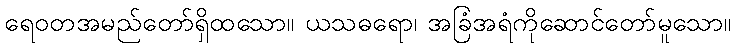
ရေဝတအမည်တော်ရှိထသော။ ယသဓရော၊ အခြံအရံကိုဆောင်တော်မူသော။